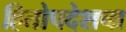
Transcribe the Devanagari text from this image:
हितोपदेशचा